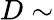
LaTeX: D\sim